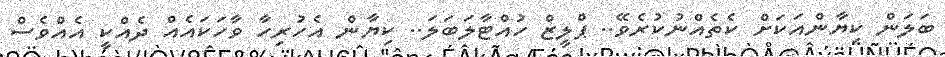
ބަލަން ކިޔާންއަކަށް ކެތެއްނުކުރެވޭ.. ޕްލީޒް ހުއްޓާލަބަލަ.. ކިޔާން އެހުރިހާ ވާހަކައެއް ދެއްކީ އެއްވެސް